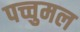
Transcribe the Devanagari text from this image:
पच्चुमल